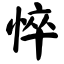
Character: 悴